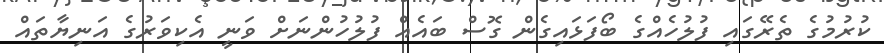
ކުރުމުގެ ތެރޭގައި ފުލުހެއްގެ ބޯފަޅައިގެން ގޮސް ބައެއް ފުލުހުންނަށް ވަނީ އެކިވަރުގެ އަނިޔާތައް